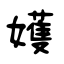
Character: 嬳